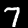
Digit: 7